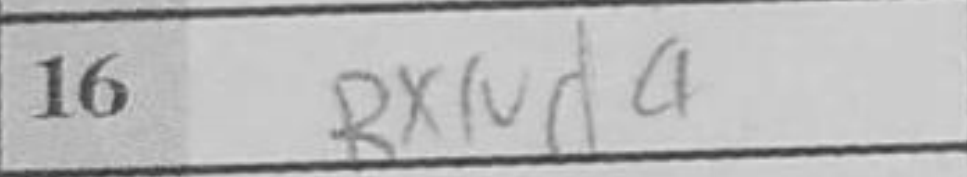
Transcription: RxNd4